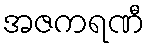
အဇကရဏီ